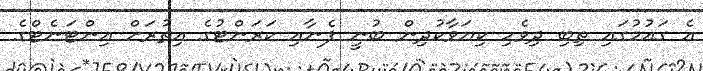
އެ ގައުމުގައި ތިބި ދިވެހި ކިޔަވާކުދިން ބުނީ ފެނާއި ކަރަންޓުގެ އިތުރަށް އިންޓަނެޓްގެ